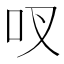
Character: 𫩗